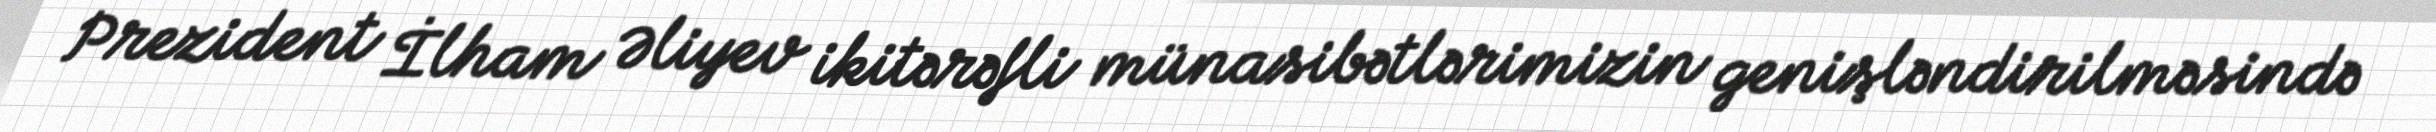
Prezident İlham Əliyev ikitərəfli münasibətlərimizin genişləndirilməsində